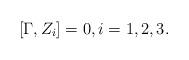
LaTeX: \begin{align*} [\Gamma,Z_i]=0,i=1,2,3.\end{align*}